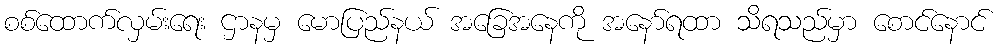
စစ်ထောက်လှမ်းရေး ဌာနမှ မောပြည်နယ် အခြေအနေကို အနော်ရထာ သိရသည်မှာ စောင်နောင်